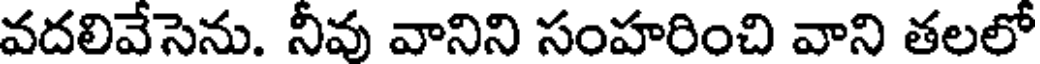
వదలివేసెను. నీవు వానిని సంహరించి వాని తలలో